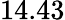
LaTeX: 14.43